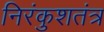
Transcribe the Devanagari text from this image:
निरंकुशतंत्र